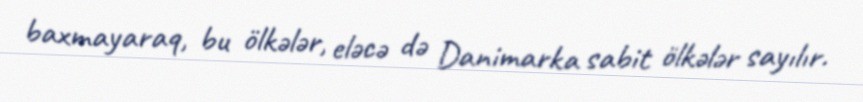
baxmayaraq, bu ölkələr, eləcə də Danimarka sabit ölkələr sayılır.